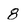
Character: 8